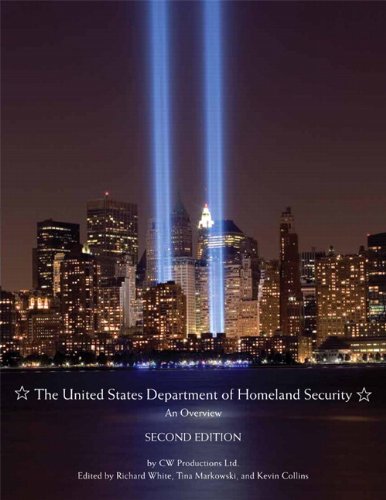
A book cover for The United States Department of Homeland Security: An Overview (2nd Edition) (Pearson Criminal Justice); CW Productions Ltd.; Law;